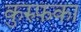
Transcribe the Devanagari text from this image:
कुरुफ़का